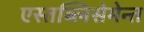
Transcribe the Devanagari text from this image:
एस्तब्लिसेमेन्त